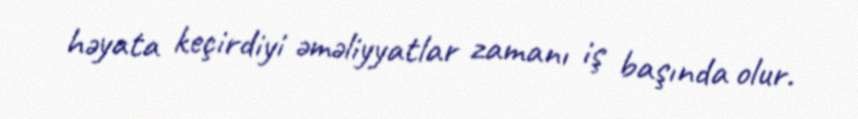
həyata keçirdiyi əməliyyatlar zamanı iş başında olur.